Leaving Certificate Examination (including Day School Certificate (Higher) General paper), 1933
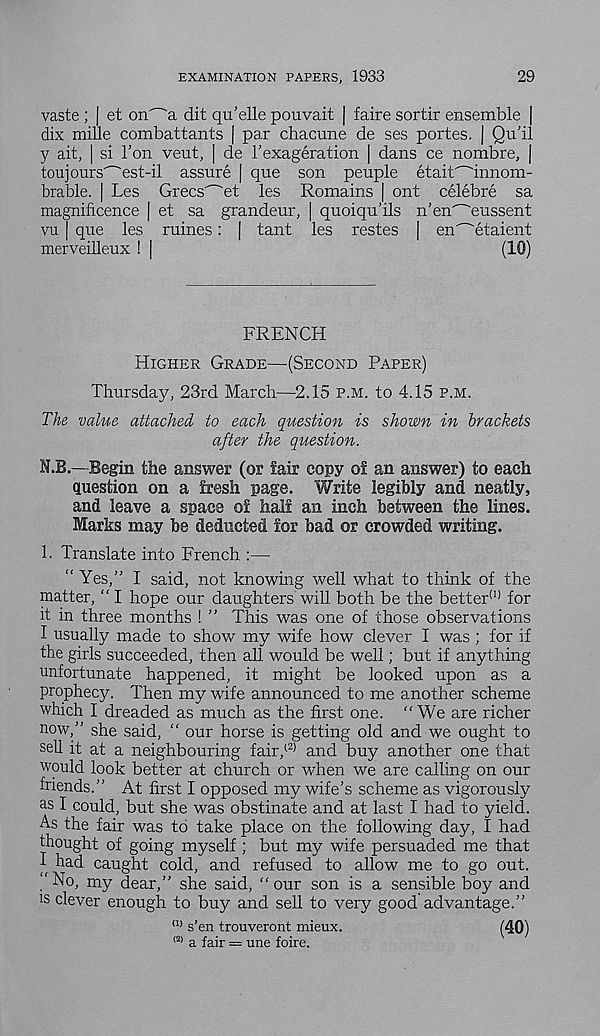
EXAMINATION PAPERS, 1933
29
vaste ; | et on^a dit qu’elle pouvait | faire sortir ensemble ]
dix mine combattants | par chacune de ses portes. | Qu'il
y ait, | si Ton veut, | de I'exageration | dans ce nombre, j
toujours^est-il assure | que son peuple etait^innom-
brable. [ Les Grecs^et les Remains | ont celebre sa
magnificence | et sa grandeur, | quoiqu’ils n’en^eussent
vu | que les ruines: | tant les restes | en^etaient
merveilleux ! |
(10)
FRENCH
Higher Grade—(Second Paper)
Thursday, 23rd March—2.15 p.m. to 4.15 p.m.
The value attached to each question is shown in brackets
after the question.
N.B.—Begin the answer (or fair copy of an answer) to each
question on a fresh page. Write legibly and neatly,
and leave a space of half an inch between the lines.
Marks may be deducted for bad or crowded writing.
1. Translate into French :—
“ Yes,” I said, not knowing well what to think of the
matter, “ I hope our daughters will both be the better (!) for
it in three months ! ” This was one of those observations
I usually made to show my wife how clever I was ; for if
the girls succeeded, then all would be well; but if anything
unfortunate happened, it might be looked upon as a
prophecy. Then my wife announced to me another scheme
which I dreaded as much as the first one. “We are richer
now,” she said, “ our horse is getting old and we ought to
sell it at a neighbouring fair/ 2) and buy another one that
would look better at church or when we are calling on our
friends.” At first I opposed my wife’s scheme as vigorously
as I could, but she was obstinate and at last I had to yield.
As the fair was to take place on the following day, I had
thought of going myself ; but my wife persuaded me that
I had caught cold, and refused to allow me to go out.
“No, my dear,” she said, “ our son is a sensible boy and
is clever enough to buy and sell to very good advantage.”
a) s’en trouveront mieux.
(2> a fair = une foire.
(40)